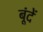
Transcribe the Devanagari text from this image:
बूंंदें